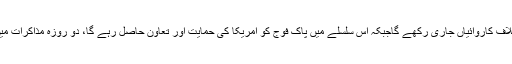
اعلامیے کے مطابق پاکستان فاٹا میں دہشت گردوں کیخلاف کاروائیاں جاری رکھے گاجبکہ اس سلسلے میں پاک فوج کو امریکا کی حمایت اور تعاون حاصل رہے گا، دو روزہ مذاکرات میں افغان مفاہمتی عمل پر بھی تفصیلی تبادلہ خیال کیا گیا۔